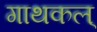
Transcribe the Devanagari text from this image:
गाथकल्